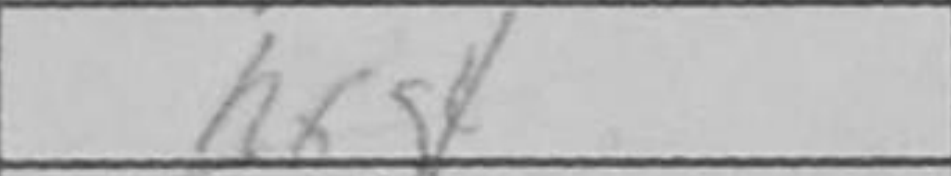
Transcription: hxg4